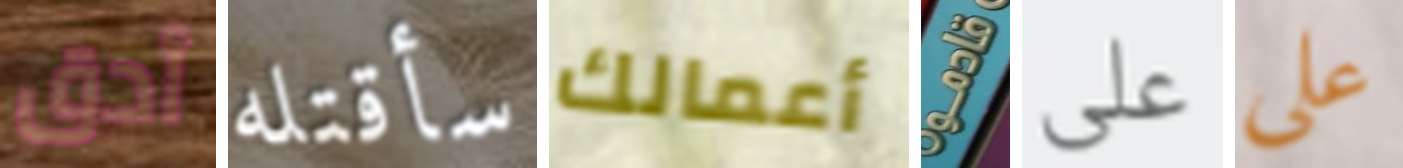
أدق سأقتله أعمالك قادمو على علي